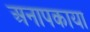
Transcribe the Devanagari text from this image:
अनापकाया